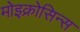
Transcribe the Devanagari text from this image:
मोइक्रोसिन्स